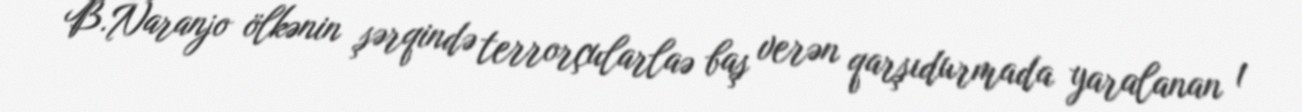
B.Naranjo ölkənin şərqində terrorçularlaə baş verən qarşıdurmada yaralanan 1